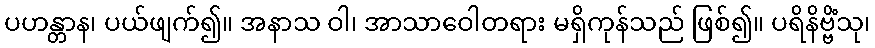
ပဟန္တာန၊ ပယ်ဖျက်၍။ အနာသ ဝါ၊ အာသာဝေါတရား မရှိကုန်သည် ဖြစ်၍။ ပရိနိဗ္ဗိံသု၊